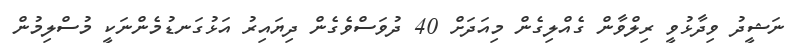
ނަޝީދު ވިދާޅުވީ ރިލްވާން ގެއްލިގެން މިއަދަށް 40 ދުވަސްވެގެން ދިޔައިރު އަޅުގަނޑުމެންނަކީ މުސްލިމުން